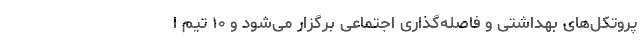
پروتکل‌های بهداشتی و فاصله‌گذاری اجتماعی برگزار می‌شود و ۱۰ تیم ا